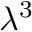
\lambda ^ { 3 }